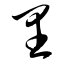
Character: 里